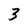
Character: 3